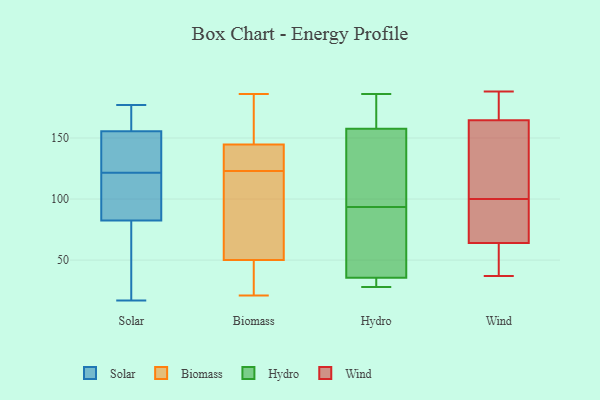
{"axis": {"x": "Population (Million)", "y": "Value"}, "legend": ["Biomass", "Hydro", "Solar", "Wind"], "data": [{"x": "", "y": 114, "type": "Solar"}, {"x": "", "y": 129, "type": "Solar"}, {"x": "", "y": 155, "type": "Solar"}, {"x": "", "y": 177, "type": "Solar"}, {"x": "", "y": 70, "type": "Solar"}, {"x": "", "y": 164, "type": "Solar"}, {"x": "", "y": 156, "type": "Solar"}, {"x": "", "y": 95, "type": "Solar"}, {"x": "", "y": 130, "type": "Solar"}, {"x": "", "y": 17, "type": "Solar"}, {"x": "", "y": 36, "type": "Solar"}, {"x": "", "y": 111, "type": "Solar"}, {"x": "", "y": 48, "type": "Biomass"}, {"x": "", "y": 21, "type": "Biomass"}, {"x": "", "y": 144, "type": "Biomass"}, {"x": "", "y": 142, "type": "Biomass"}, {"x": "", "y": 56, "type": "Biomass"}, {"x": "", "y": 123, "type": "Biomass"}, {"x": "", "y": 93, "type": "Biomass"}, {"x": "", "y": 186, "type": "Biomass"}, {"x": "", "y": 47, "type": "Biomass"}, {"x": "", "y": 145, "type": "Biomass"}, {"x": "", "y": 158, "type": "Biomass"}, {"x": "", "y": 176, "type": "Hydro"}, {"x": "", "y": 115, "type": "Hydro"}, {"x": "", "y": 72, "type": "Hydro"}, {"x": "", "y": 37, "type": "Hydro"}, {"x": "", "y": 56, "type": "Hydro"}, {"x": "", "y": 144, "type": "Hydro"}, {"x": "", "y": 171, "type": "Hydro"}, {"x": "", "y": 186, "type": "Hydro"}, {"x": "", "y": 133, "type": "Hydro"}, {"x": "", "y": 34, "type": "Hydro"}, {"x": "", "y": 33, "type": "Hydro"}, {"x": "", "y": 28, "type": "Hydro"}, {"x": "", "y": 186, "type": "Wind"}, {"x": "", "y": 55, "type": "Wind"}, {"x": "", "y": 188, "type": "Wind"}, {"x": "", "y": 93, "type": "Wind"}, {"x": "", "y": 83, "type": "Wind"}, {"x": "", "y": 165, "type": "Wind"}, {"x": "", "y": 60, "type": "Wind"}, {"x": "", "y": 96, "type": "Wind"}, {"x": "", "y": 182, "type": "Wind"}, {"x": "", "y": 145, "type": "Wind"}, {"x": "", "y": 73, "type": "Wind"}, {"x": "", "y": 148, "type": "Wind"}, {"x": "", "y": 37, "type": "Wind"}, {"x": "", "y": 104, "type": "Wind"}, {"x": "", "y": 37, "type": "Wind"}, {"x": "", "y": 68, "type": "Wind"}, {"x": "", "y": 47, "type": "Wind"}, {"x": "", "y": 164, "type": "Wind"}, {"x": "", "y": 175, "type": "Wind"}, {"x": "", "y": 116, "type": "Wind"}]}